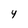
Character: 4